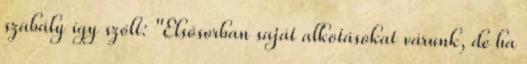
szabály így szólt: "Elsősorban saját alkotásokat várunk, de ha